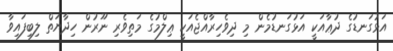
އަޅުގަނޑުގެ ދުޢާއަކީ އަޅުގަނޑުމެން މި ދިވެހިރާއްޖެއަކީ ޢިލްމުގެ މަތިވެރި ނޫރުން ހިދާޔަތް ލިބިފައިވާ